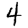
Digit: 4